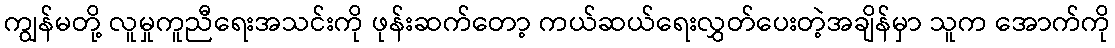
ကျွန်မတို့ လူမှုကူညီရေးအသင်းကို ဖုန်းဆက်တော့ ကယ်ဆယ်ရေးလွှတ်ပေးတဲ့အချိန်မှာ သူက အောက်ကို